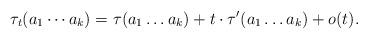
LaTeX: \begin{align*}\tau_t(a_1\cdots a_k)= \tau(a_1\ldots a_k)+t \cdot \tau'(a_1\ldots a_k)+o(t).\end{align*}